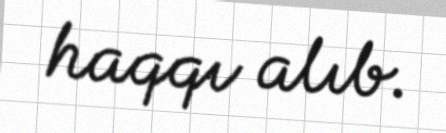
haqqı alıb.